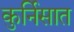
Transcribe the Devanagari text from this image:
कुर्निसात